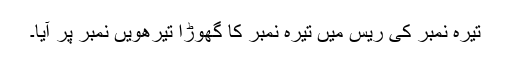
تیرہ نمبر کی ریس میں تیرہ نمبر کا گھوڑا تیرھویں نمبر پر آیا۔